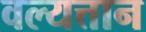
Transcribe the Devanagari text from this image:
वल्यत्तान